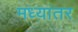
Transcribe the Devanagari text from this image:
मध्‍यांतर